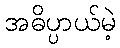
အဓိပ္ပာယ်မဲ့